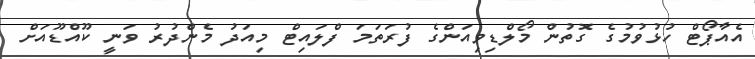
އެއާޕޯޓް ހުޅުވުމުގެ ގޮތުން މޯލްޑިވިއަންގެ ފުރަތަމަ ފްލައިޓް މިއަދު މެންދުރު ވަނީ ކޫއްޑޫއަށް